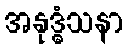
အနုဒ္ဓံသနာ